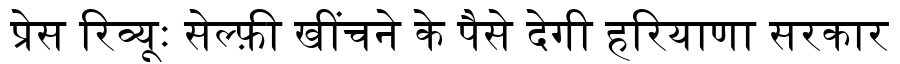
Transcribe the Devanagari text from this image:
प्रेस रिव्यूः सेल्फ़ी खींचने के पैसे देगी हरियाणा सरकार